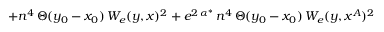
+ n ^ { 4 } \, \Theta ( y _ { 0 } - x _ { 0 } ) \, W _ { e } ( y , x ) ^ { 2 } + e ^ { 2 \, \alpha ^ { * } } \, n ^ { 4 } \, \Theta ( y _ { 0 } - x _ { 0 } ) \, W _ { e } ( y , x ^ { A } ) ^ { 2 }